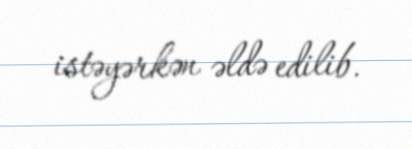
istəyərkən əldə edilib.